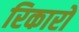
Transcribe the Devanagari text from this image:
रिकारो